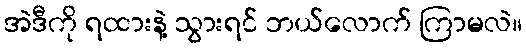
အဲဒီကို ရထားနဲ့ သွားရင် ဘယ်လောက် ကြာမလဲ။